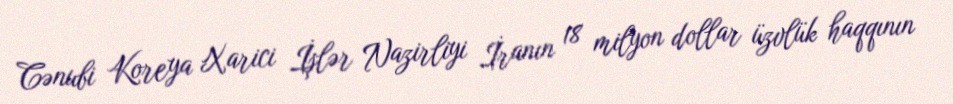
Cənubi Koreya Xarici İşlər Nazirliyi İranın 18 milyon dollar üzvlük haqqının